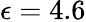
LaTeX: \epsilon=4.6